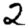
Digit: 2